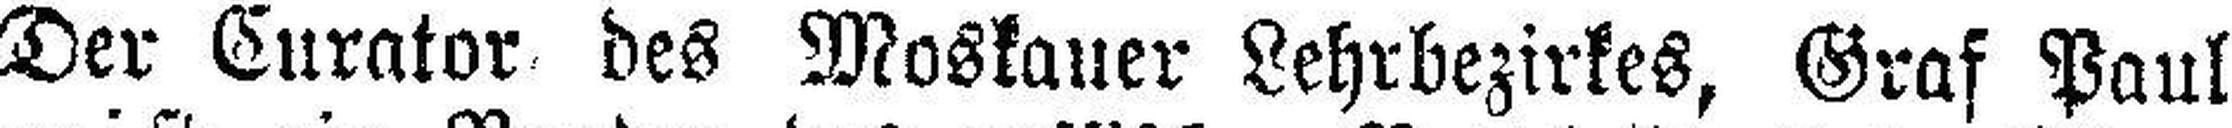
Der Curator des Moskauer Lehrbezirkes, Graf Paul